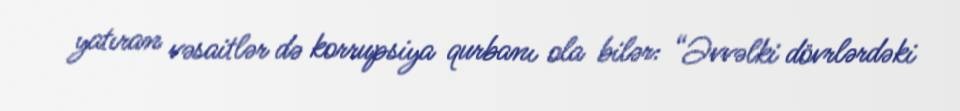
yatıran vəsaitlər də korrupsiya qurbanı ola bilər: “Əvvəlki dövrlərdəki